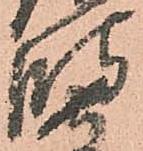
波